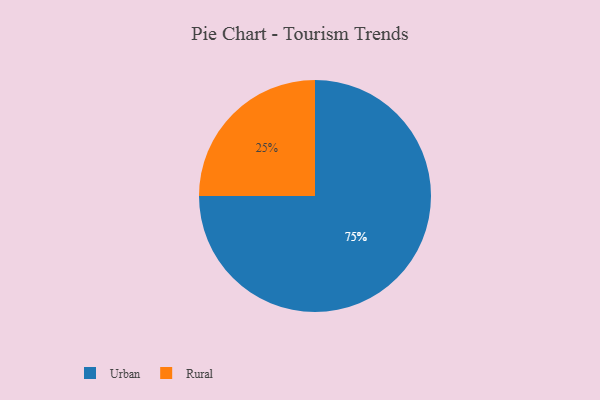
{"axis": {"x": "Category", "y": "Percentage"}, "legend": ["Rural", "Urban"], "data": [{"x": "Rural", "y": 25, "type": "Rural"}, {"x": "Urban", "y": 75, "type": "Urban"}]}